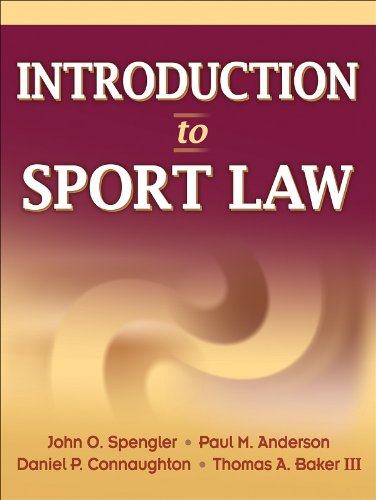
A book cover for Introduction to Sport Law; John O. Spengler; Business & Money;